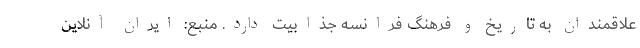
علاقمندان به تاریخ و فرهنگ فرانسه جذابیت دارد. منبع: ایران آنلاین